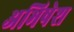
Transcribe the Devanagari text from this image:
अभिषेश